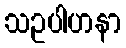
သဥပါဟနာ